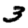
Digit: 3